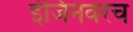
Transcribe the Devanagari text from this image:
इंजिनवरच